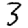
Digit: 3